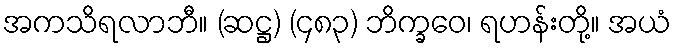
အကသိရလာဘီ။ (ဆဋ္ဌ) (၄၈၃) ဘိက္ခဝေ၊ ရဟန်းတို့။ အယံ